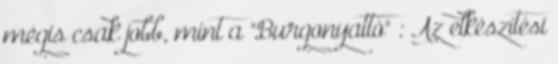
mégis csak jobb, mint a "Burgonyattó" : Az elkészítési